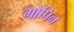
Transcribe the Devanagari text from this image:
गोपिन